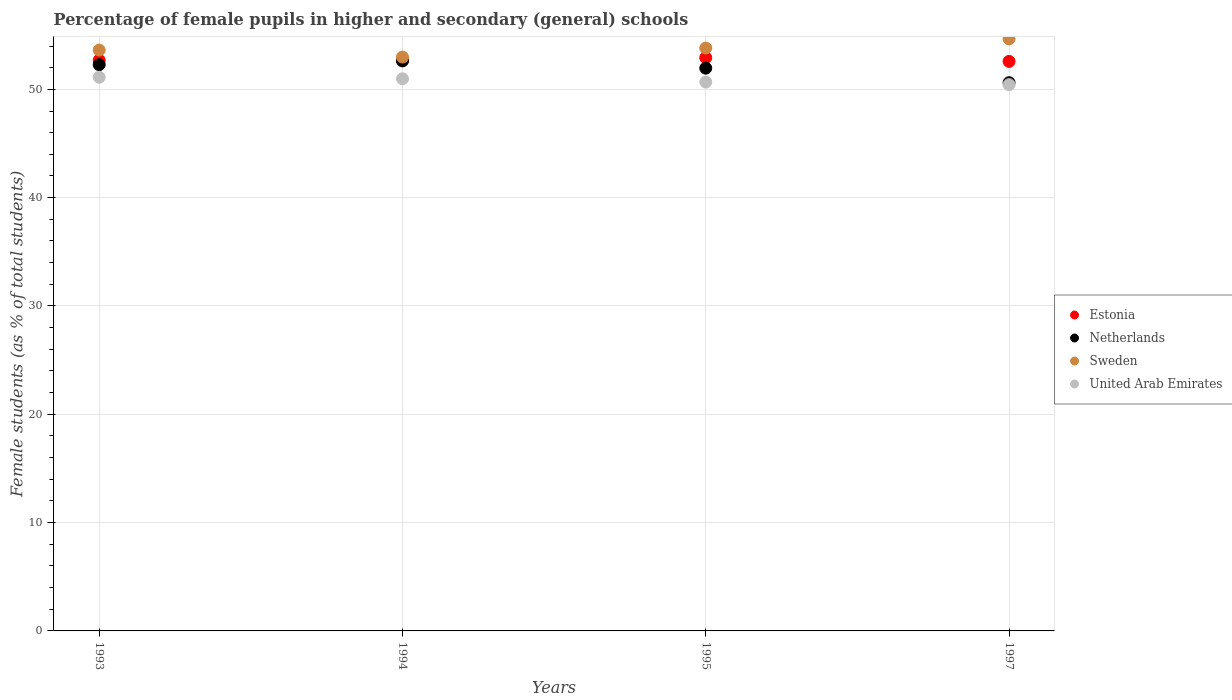
| Years | Estonia | Netherlands | Sweden | United Arab Emirates |
 | --- | --- | --- | --- | --- |
 | 1993 | 52.7 | 52.3 | 53.6 | 51.1 |
 | 1994 | 52.7 | 52.6 | 53 | 51 |
 | 1995 | 52.9 | 52 | 53.8 | 50.7 |
 | 1997 | 52.6 | 50.6 | 54.7 | 50.4 |